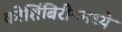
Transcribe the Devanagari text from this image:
कोशिंबिरीममध्ये